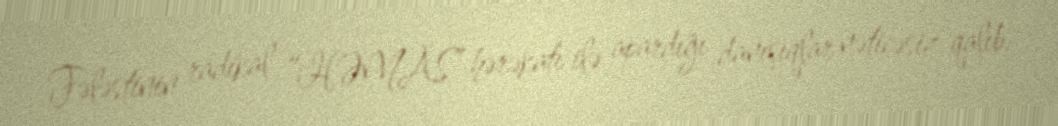
Fələstinin radikal “HƏMAS” hərəkatı ilə apardığı danışıqlar nəticəsiz qalıb.